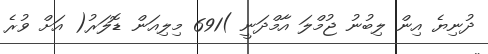
ދުނިޔެ އިން ލިބުނު ޖުމްލަ އާމްދަނީ )691 މިލިއަން ޑޮލަރު( އަށް ވުރެ